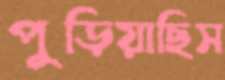
পুড়িয়াছিস